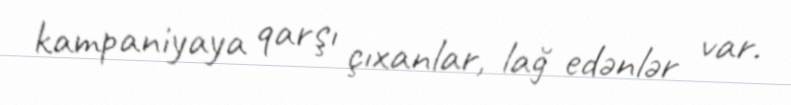
kampaniyaya qarşı çıxanlar, lağ edənlər var.